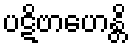
ပဋိဗာဟေန္တိ